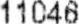
11046